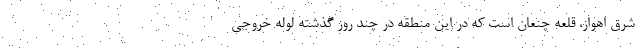
شرق اهواز، قلعه چنعان است که در این منطقه در چند روز گذشته لوله خروجی